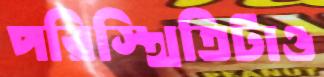
পরিস্থিতিটাও